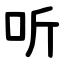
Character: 听